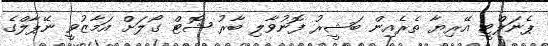
ޕެނަލްޓީ އޭރިޔާ ތެރެއިން ބަޝީރު ފޮނުވާލި ބާރު ޝޮޓް ގޯލަށް އަމާޒުވީ ނޭޕާލްގެ